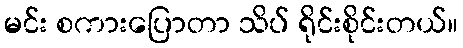
မင်း စကားပြောတာ သိပ် ရိုင်းစိုင်းတယ်။